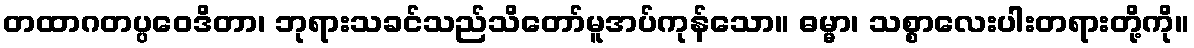
တထာဂတပ္ပဝေဒိတာ၊ ဘုရားသခင်သည်သိတော်မူအပ်ကုန်သော။ ဓမ္မာ၊ သစ္စာလေးပါးတရားတို့ကို။